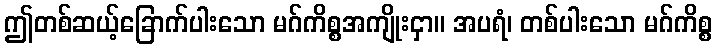
ဤတစ်ဆယ့်ခြောက်ပါးသော မဂ်ကိစ္စအကျိုးငှာ။ အပရံ၊ တစ်ပါးသော မဂ်ကိစ္စ